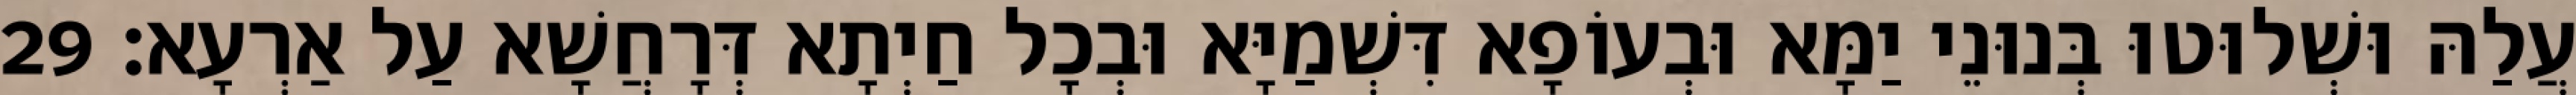
עֲלַהּ וּשְׁלוּטוּ בְּנוּנֵי יַמָּא וּבְעוֹפָא דִּשְׁמַיָּא וּבְכָל חַיְתָא דְּרָחֲשָׁא עַל אַרְעָא׃ 29